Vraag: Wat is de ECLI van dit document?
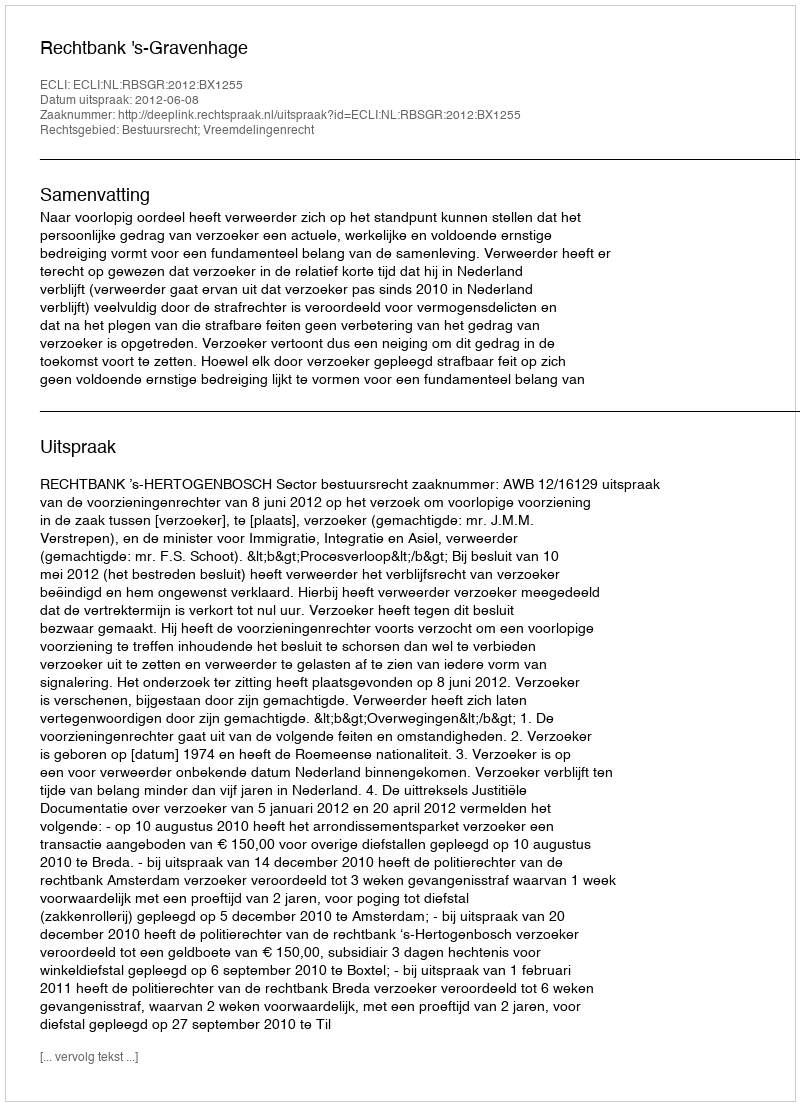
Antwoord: ECLI:NL:RBSGR:2012:BX1255